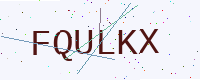
Text: FQULKX